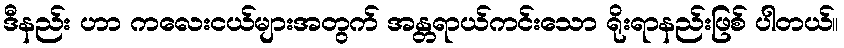
ဒီနည်း ဟာ ကလေးငယ်များအတွက် အန္တရာယ်ကင်းသော ရိုးရာနည်းဖြစ် ပါတယ်။